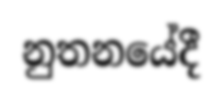
නුතනයේදී